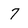
Character: 7